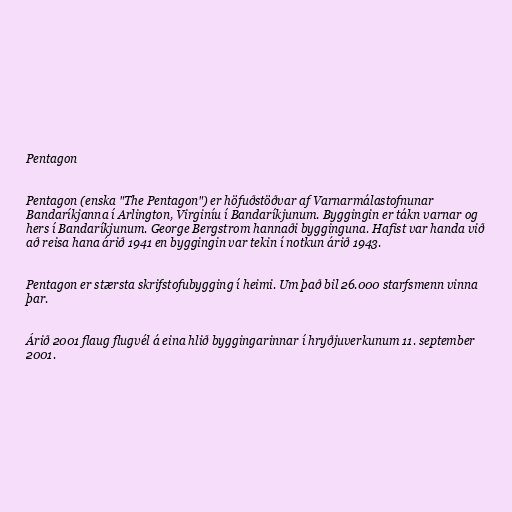
Pentagon

Pentagon (enska "The Pentagon") er höfuðstöðvar af Varnarmálastofnunar
Bandaríkjanna í Arlington, Virginíu í Bandaríkjunum. Byggingin er tákn varnar og
hers í Bandaríkjunum. George Bergstrom hannaði bygginguna. Hafist var handa við
að reisa hana árið 1941 en byggingin var tekin í notkun árið 1943.

Pentagon er stærsta skrifstofubygging í heimi. Um það bil 26.000 starfsmenn vinna
þar.

Árið 2001 flaug flugvél á eina hlið byggingarinnar í hryðjuverkunum 11. september
2001.